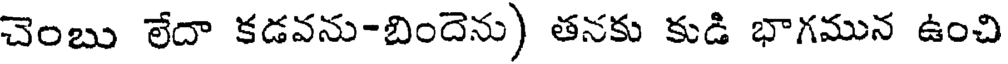
చెంబు లేదా కడవను-బిందెను) తనకు కుడి భాగమున ఉంచి